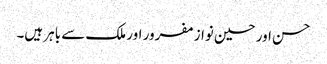
حسن اور حسین نواز مفرور اور ملک سے باہر ہیں۔